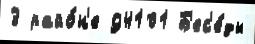
3 райо́н'е 94101 Б'ес'е́ды